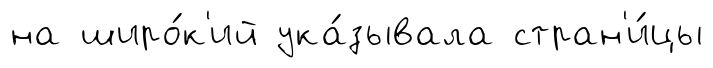
на широ́к'ий ука́зывала стран'и́цы